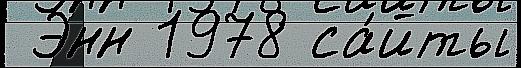
 Энн 1978 са́йты